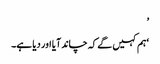
’
‘ہم کہیں گے کہ چاند آیا اور دیا ہے۔